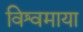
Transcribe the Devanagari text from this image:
विश्वमाया